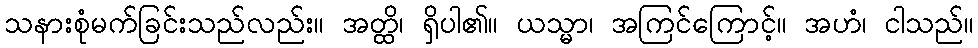
သနားစုံမက်ခြင်းသည်လည်း။ အတ္ထိ၊ ရှိပါ၏။ ယသ္မာ၊ အကြင်ကြောင့်။ အဟံ၊ ငါသည်။